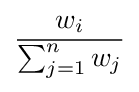
{\frac {w_{i}}{\sum _{j=1}^{n}w_{j}}}